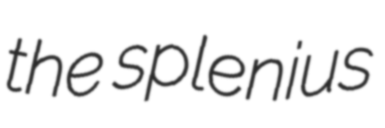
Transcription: the splenius